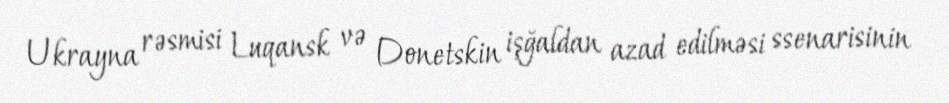
Ukrayna rəsmisi Luqansk və Donetskin işğaldan azad edilməsi ssenarisinin